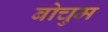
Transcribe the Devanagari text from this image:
बोचुम